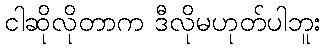
ငါဆိုလိုတာက ဒီလိုမဟုတ်ပါဘူး